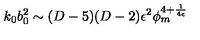
k _ { 0 } b _ { 0 } ^ { 2 } \sim ( D - 5 ) ( D - 2 ) \epsilon ^ { 2 } \phi _ { m } ^ { 4 + { \frac { 1 } { 4 \epsilon } } }